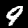
Label: 9